Report on plague in the Punjab from October 1st ... to September 30th ..., being the ... season of plague in the province
Disease focus: Plague
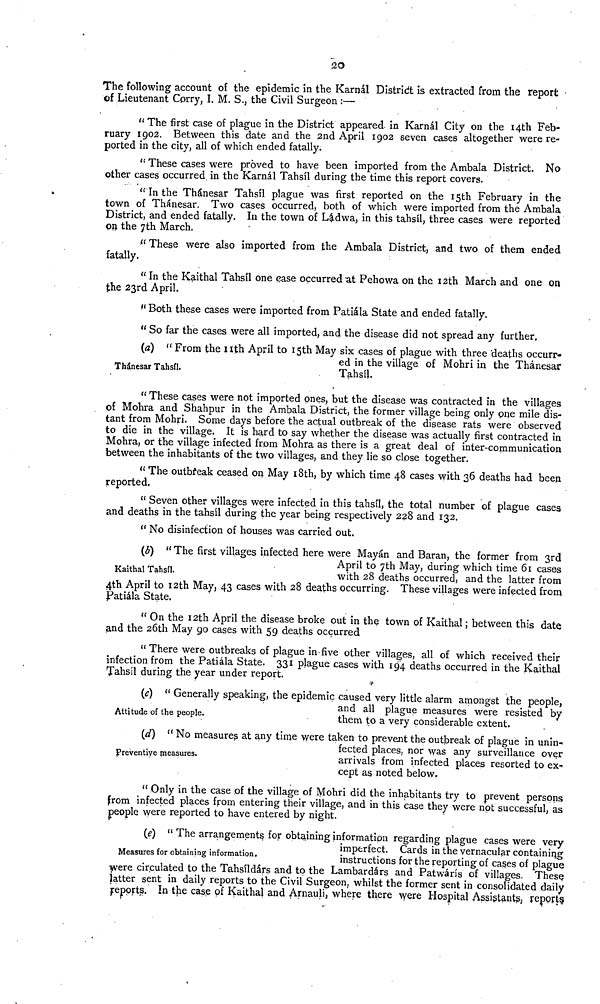
20
The following account of the epidemic in the Karnál District is extracted from the report •
of Lieutenant Cprry, I. M. S., the Civil Surgeon :—
" The first case of plague in the District appeared in Karnál City on the 14th Feb-
ruary 1902. Between this date and the 2nd April 1902 seven cases altogether were re-
ported in the city, all of which ended fatally.
" These cases were proved to have been imported from the Ambala District. No
other cases occurred, in the Karnál Tahsíl during the time this report covers.
"In the Thánesar Tahsíl plague was first reported on the 15th February in the
town of Thánesar. Two cases occurred, both of which were imported from the Ambala
District, and ended fatally. In the town of Ládwa, in this tahsil, three cases were reported
on the 7th March.
" These were also imported from the Ambala District, and two of them ended
fatally.
"In the Kaithal Tahsíl one ease occurred at Pehowa on the 12th March and one on
the 23rd April.
" Both these cases were imported from Patiála State and ended fatally.
" So far the cases were all imported, and the disease did not spread any further.
Thánesar Tahsfl.
(a) " From the nth April to 15th May six cases of plague with three 'deaths occurr-
ed in the village of Mohri in the Thánesar
Tahsíl.
" These cases were not imported ones, but the disease was contracted in the villages
of Mohra and Shahpur in the Ambala District, the former village being only one mile dis-
tant from Mohri. Some days before the actual outbreak of the disease rats were observed
to die in the village. It is hard to say whether the disease was actually first contracted in
Mohra, or the village infected from Mohra as there is a great deal of inter-communication
between the inhabitants of the two villages, and they lie so close together.
" The outbreak ceased on May 18th, by which time 48 cases with 36 deaths had been
reported.
" Seven other villages were infected in this tahsíl, the total number of plague cases
and deaths in the tahsíl during the year being respectively 228 and 132.
"No disinfection of houses was carried out.
Kaithal Tahsfl.
(b) " The first villages infected here were Mayán and Baran, the former from 3rd
April to 7th May, during which time 61 cases
with 28 deaths occurred, and the latter from
4th April to 12th May, 43 cases with 28 deaths occurring. These villages were infected from
Patiála State.
" On the 12th April the disease broke out in the town of Kaithal ; between this date
and the 26th May 90 cases with 59 deaths occurred
"There were outbreaks of plague in-five other villages, all of which received their
infection from the Patiála State. 331 plague cases with 194 deaths occurred in the Kaithal
Tahsíl during the year under report.
Attitude of the people.
(c) " Generally speaking, the epidemic caused very little alarm amongst the people,
and all plague measures were resisted by
them to a very considerable extent.
preventive pleasures.
(d) " No measures at any time were taken to prevent the outbreak of plague in unin-
fected places, nor was any surveillance over
arrivals from infected places resorted to ex-
cept as noted below.
" Only in the case of the village of Mohri did the inhabitants try to prevent persons
from infected places from entering their village, and in this case they were not successful, as
people were reported to have entered by night.
Measures for obtaining information.
(5) " The arrangements for obtaining information regarding plague cases were very
imperiect. Cards in the vernacular containing
instructions for the reporting of cases of plague
were circulated to the Tahsildárs and to the Lambardárs and Patwárís of villages. These
latter sent in daily reports to the Civil Surgeon, whilst the former sent in consolidated daily
reports. In the case of Kaithal and Arnauli, where there were Hospital Assistants, reports